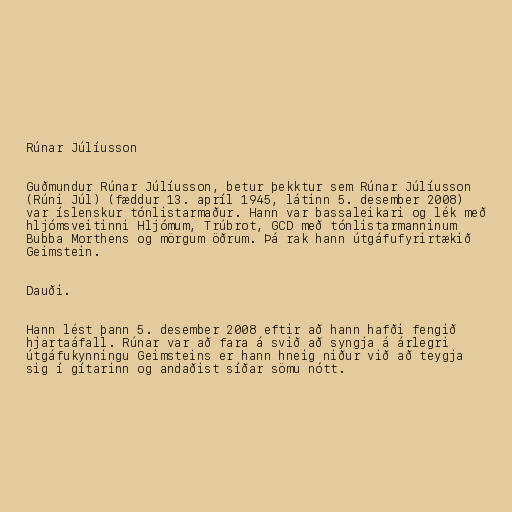
Rúnar Júlíusson

Guðmundur Rúnar Júlíusson, betur þekktur sem Rúnar Júlíusson
(Rúni Júl) (fæddur 13. apríl 1945, látinn 5. desember 2008)
var íslenskur tónlistarmaður. Hann var bassaleikari og lék með
hljómsveitinni Hljómum, Trúbrot, GCD með tónlistarmanninum
Bubba Morthens og mörgum öðrum. Þá rak hann útgáfufyrirtækið
Geimstein.

Dauði.

Hann lést þann 5. desember 2008 eftir að hann hafði fengið
hjartaáfall. Rúnar var að fara á svið að syngja á árlegri
útgáfukynningu Geimsteins er hann hneig niður við að teygja
sig í gítarinn og andaðist síðar sömu nótt.